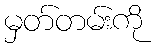
မှတ်တမ်းကို